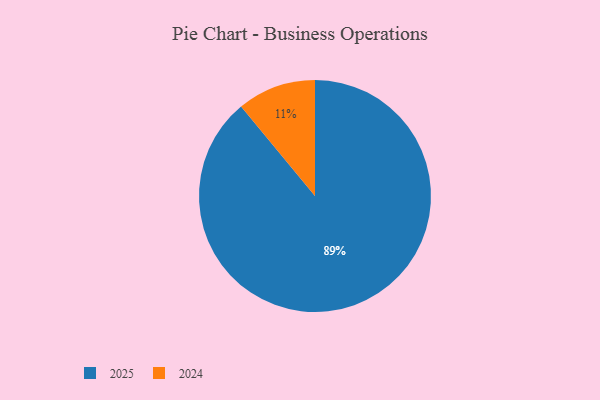
{"axis": {"x": "Category", "y": "Percentage"}, "legend": ["2024", "2025"], "data": [{"x": "2024", "y": 11, "type": "2024"}, {"x": "2025", "y": 89, "type": "2025"}]}